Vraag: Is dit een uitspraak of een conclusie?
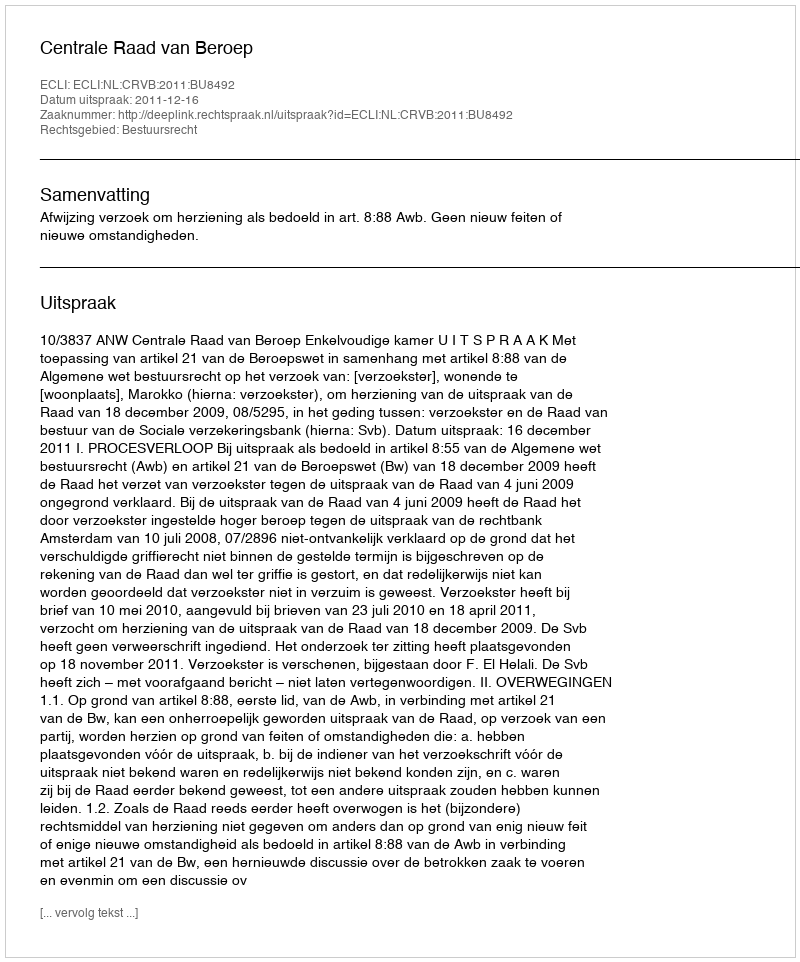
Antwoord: Uitspraak